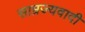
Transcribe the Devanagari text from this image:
साम्रज्यवादी